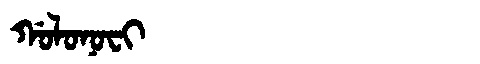
Manchu: ᡤᠣᠯᠣᠨᠣᠸᡳ
Romanization: GOLONOFI